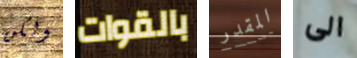
ولكن بالقوات المقدر الى